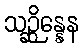
သဉ္ဆိန္နေန